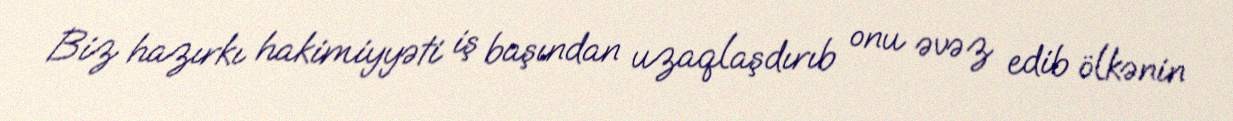
Biz hazırkı hakimiyyəti iş başından uzaqlaşdırıb onu əvəz edib ölkənin